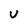
Character: U